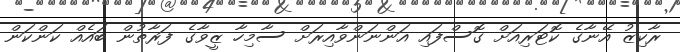
ރާކިޒު އޭނާގެ ކޮޓަރިއަށް ގޮސްފައި އަންނަންވާއިރަށް ސާމިހާ ޒީވާގެ ފަރާތުން ބައެއް ކަންކަން